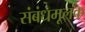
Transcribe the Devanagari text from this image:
संबंधमूलक